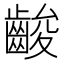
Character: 𪘑